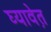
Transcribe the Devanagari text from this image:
घ्यावेत़